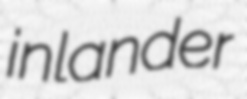
inlander